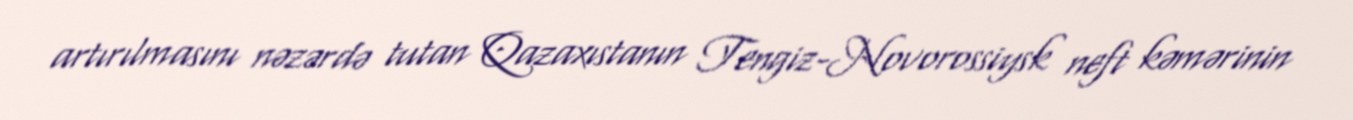
artırılmasını nəzərdə tutan Qazaxıstanın Tengiz-Novorossiysk neft kəmərinin